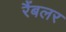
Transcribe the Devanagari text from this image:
रैंबलर